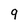
Character: 9